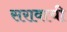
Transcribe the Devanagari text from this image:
सरावाची